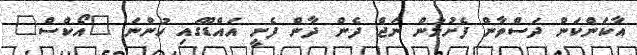
އާކަންކަން ދަސްވާން ފެށުމުން ނަޖް ދެން ދާން ފެށީ އައްޑޫގައި ހުންނަ "އޯކްސް"